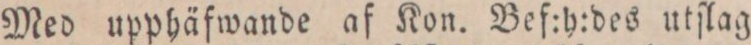
Med upphäfwande af Kon. Bef:h:des utſlag